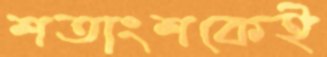
শতাংশকেই